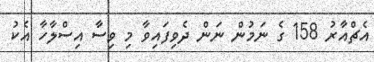
އެޗްއާރު 158 ގެ ނަމުން ނަން ދެވިފައިވާ މި ވިސާ އިސްލާހާ އެކު